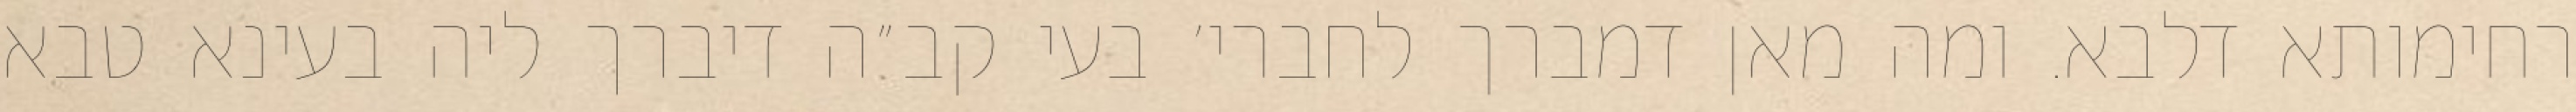
רחימותא דלבא. ומה מאן דמברך לחברי׳ בעי קב״ה דיברך ליה בעינא טבא